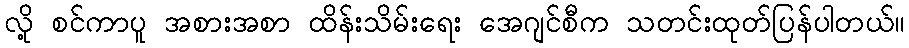
လို့ စင်ကာပူ အစားအစာ ထိန်းသိမ်းရေး အေဂျင်စီက သတင်းထုတ်ပြန်ပါတယ်။